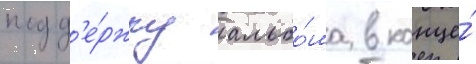
подд'е́ржку альбо́ма в конце́